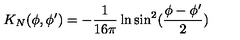
K _ { N } ( \phi , \phi ^ { \prime } ) = - { \frac { 1 } { 1 6 \pi } } \ln \sin ^ { 2 } ( { \frac { \phi - \phi ^ { \prime } } { 2 } } )